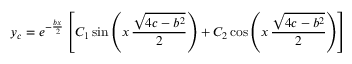
y _ { c } = e ^ { - { \frac { b x } { 2 } } } \left[ C _ { 1 } \sin \left( x \, { \frac { \sqrt { 4 c - b ^ { 2 } } } { 2 } } \right) + C _ { 2 } \cos \left( x \, { \frac { \sqrt { 4 c - b ^ { 2 } } } { 2 } } \right) \right]